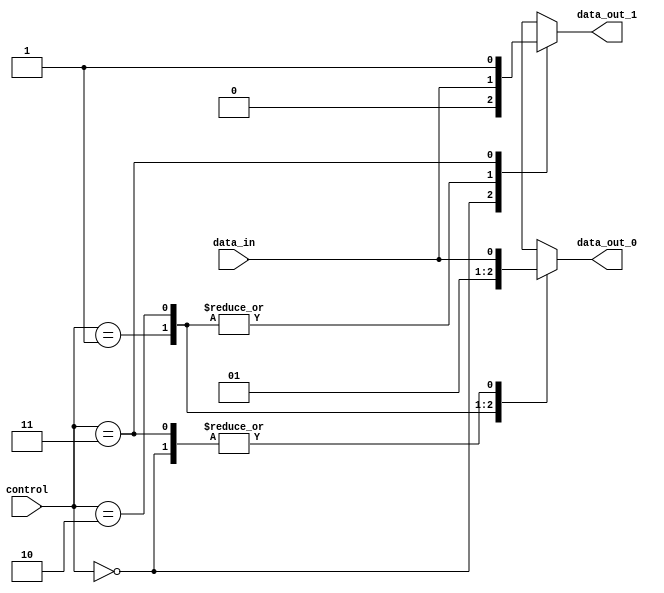
module demultiplexer (
    input wire [1:0] control,
    input wire data_in,
    output reg data_out_0,
    output reg data_out_1
);

always @(*)
begin
    case(control)
        2'b00: begin
            data_out_0 = data_in;
            data_out_1 = 1'b0;
        end
        2'b01: begin
            data_out_0 = 1'b0;
            data_out_1 = data_in;
        end
        2'b10: begin
            data_out_0 = 1'b1;
            data_out_1 = data_in;
        end
        2'b11: begin
            data_out_0 = data_in;
            data_out_1 = 1'b1;
        end
        default: begin
            data_out_0 = 1'bx;
            data_out_1 = 1'bx;
        end
    endcase
end

endmodule